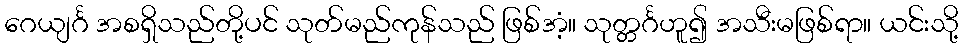
ဂေယျင်္ဂ အစရှိသည်တို့ပင် သုတ်မည်ကုန်သည် ဖြစ်အံ့။ သုတ္တင်္ဂဟူ၍ အသီးမဖြစ်ရာ။ ယင်းသို့